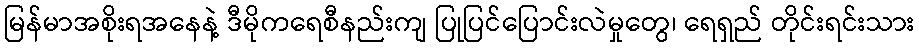
မြန်မာအစိုးရအနေနဲ့ ဒီမိုကရေစီနည်းကျ ပြုပြင်ပြောင်းလဲမှုတွေ၊ ရေရှည် တိုင်းရင်းသား